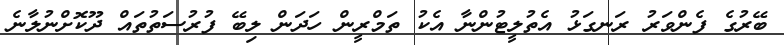
ބޭރުގެ ފެންވަރު ރަނގަޅު އެތުލީޓުންނާ އެކު ތަމްރީން ހަދަން ލިބޭ ފުރުސަތުތައް ދޫކޮށްނުލާނެ